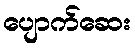
ပျောက်ဆေး